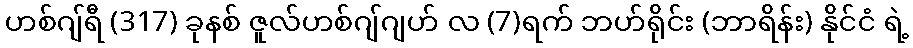
ဟစ်ဂျ်ရီ (317) ခုနစ် ဇူလ်ဟစ်ဂျ်ဂျဟ် လ (7)ရက် ဘဟ်ရိုင်း (ဘာရိန်း) နိုင်ငံ ရဲ့